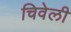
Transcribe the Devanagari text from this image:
चिवेली